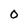
Character: 0